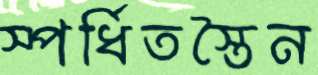
স্পর্ধিতস্তৈন